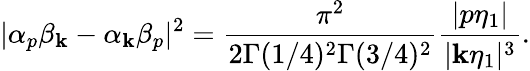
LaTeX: |\alpha_{p}\beta_{\mathbf{k}}-\alpha_{\mathbf{k}}\beta_{p}|^{2}=\frac{{\pi^{2}}}{{2\Gamma(1/4)^{2}\Gamma(3/4)^{2}}}\frac{{|p\eta_{1}|}}{{|\mathbf{k}\eta_{1}|^{3}}}.